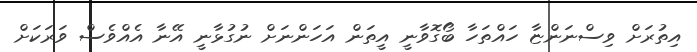
އިތުރަށް ވިސްނަންޏާ ހައްތަހާ ބޯގޮވާނީ އީތަން އަހަންނަށް ނުގުޅާނީ އޭނާ އެއްވެސް ވަރަކަށް